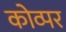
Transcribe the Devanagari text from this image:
कोव्पर